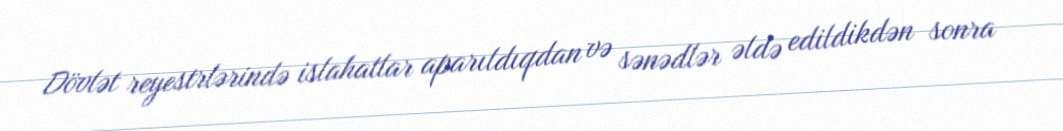
Dövlət reyestrlərində islahatlar aparıldıqdan və sənədlər əldə edildikdən sonra